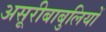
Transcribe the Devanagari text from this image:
असूरीबाबुलियों